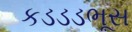
કડડડભૂસ